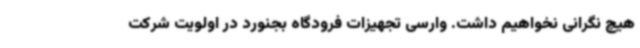
هیچ نگرانی نخواهیم داشت. وارسی تجهیزات فرودگاه بجنورد در اولویت شرکت